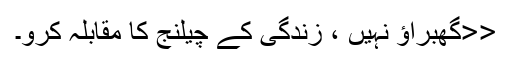
<<گھبراؤ نہیں ، زندگی کے چیلنج کا مقابلہ کرو۔